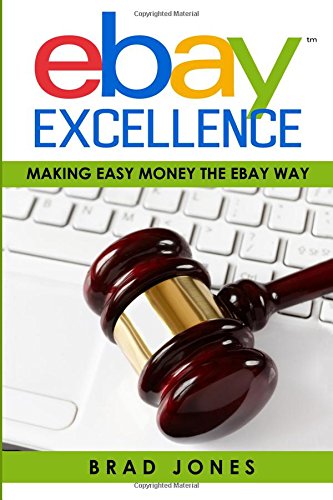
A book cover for Ebay Excellence: Making Easy Money The Ebay Way; Brad Jones; Computers & Technology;